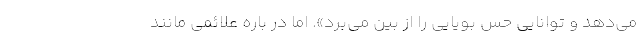
می‌دهد و توانایی حس بویایى را از بین می‌برد». اما در باره علائمی مانند